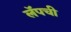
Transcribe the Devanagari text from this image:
लॅपची